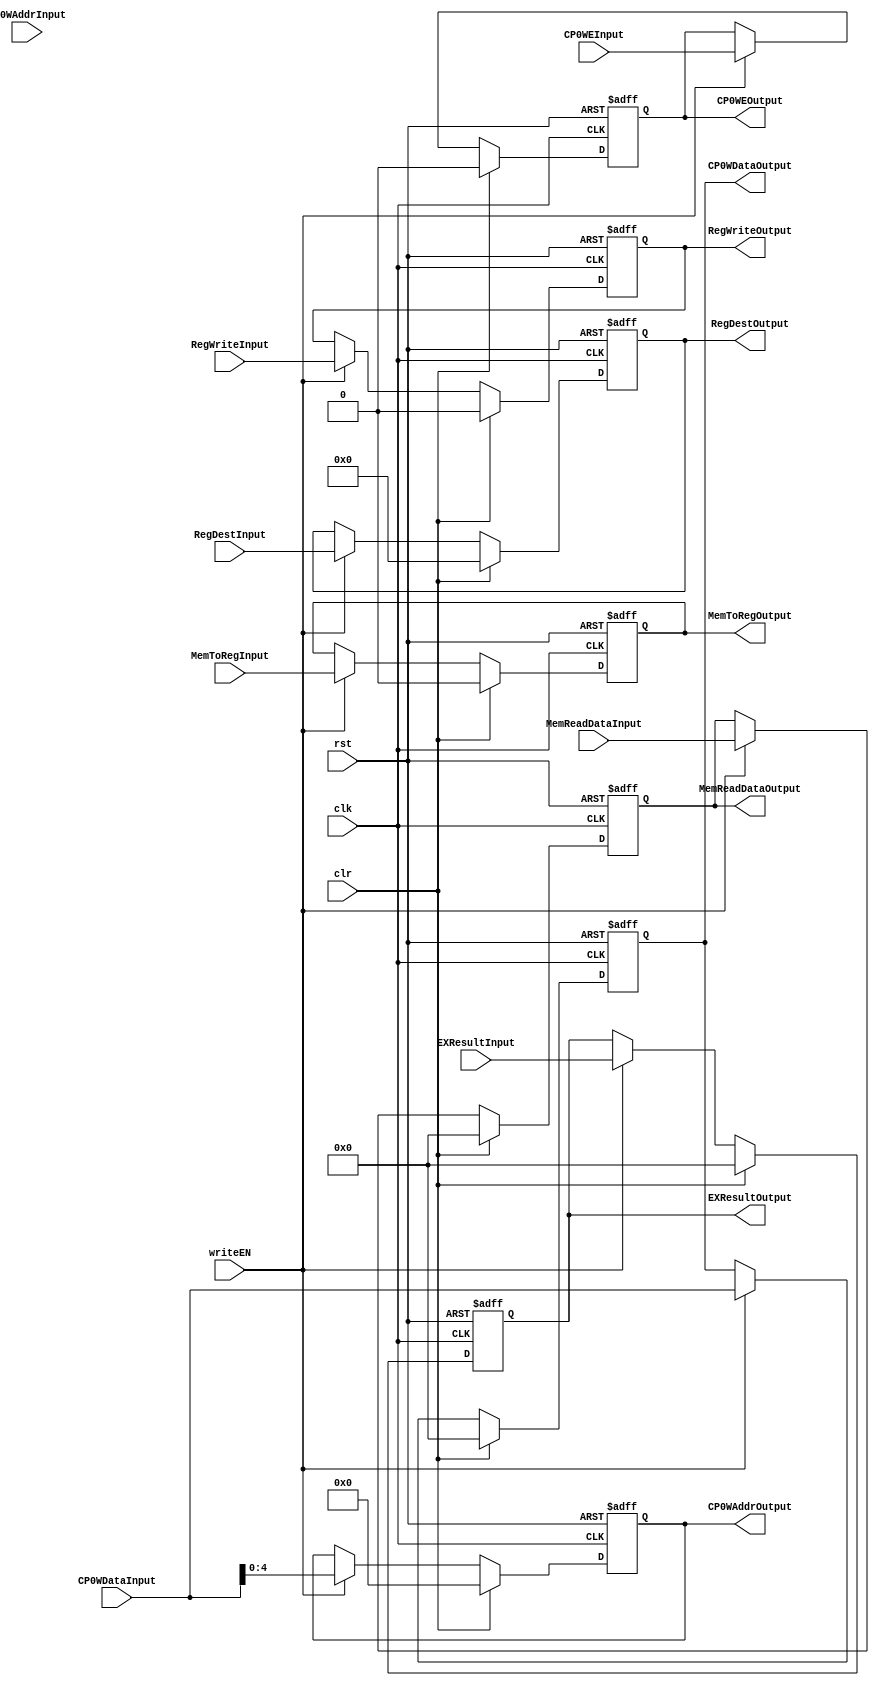
`timescale 1ns / 1ps
//////////////////////////////////////////////////////////////////////////////////
// Company: 
// Engineer: 
// 
// Design Name: 
// Module Name: RegMEMWB
// Project Name: 
// Target Devices: 
// Tool Versions: 
// Description: 
// 
// Dependencies: 
// 
// Revision:
// Revision 0.01 - File Created
// Additional Comments:
// 
//////////////////////////////////////////////////////////////////////////////////


module RegMEMWB(
    input wire clk,
    input wire rst,
    input wire clr,
    input wire writeEN,
    
    // CP0 write data
    input wire CP0WEInput,
    input wire[4:0] CP0WAddrInput,
    input wire[31:0] CP0WDataInput,
    output wire CP0WEOutput,
    output wire[4:0] CP0WAddrOutput,
    output wire[31:0] CP0WDataOutput,

    input wire[31:0] MemReadDataInput,
    input wire[31:0] EXResultInput,
    input wire[5:0] RegDestInput,
    
    input wire RegWriteInput,
    input wire MemToRegInput,
    
    output wire[31:0] MemReadDataOutput,    
    output wire[31:0] EXResultOutput,
    output wire[5:0] RegDestOutput,
    
    output wire RegWriteOutput,
    output wire MemToRegOutput
    );

reg[31:0] MemReadData;
reg[31:0] EXResult;
reg[5:0] RegDest;

reg RegWrite;
reg MemToReg;

// CP0 write data
reg CP0WE;
reg[4:0] CP0WAddr;
reg[31:0] CP0WData;

assign MemReadDataOutput=MemReadData;
assign EXResultOutput=EXResult;
assign RegDestOutput=RegDest;

assign RegWriteOutput=RegWrite;
assign MemToRegOutput=MemToReg;

// CP0: WRITE
assign CP0WEOutput = CP0WE;
assign CP0WAddrOutput = CP0WAddr;
assign CP0WDataOutput = CP0WData;

always@(posedge clk or posedge rst) begin
    if (rst) begin

        MemReadData<=0;
        EXResult<=0;
        RegDest<=0;
        
        RegWrite<=0;
        MemToReg<=0;

        // CP0: WRITE
        CP0WE <= 0;
        CP0WAddr <= 0;
        CP0WData <= 0;
    end else begin
        if (clr) begin

            MemReadData<=0;
            EXResult<=0;
            RegDest<=0;
            
            RegWrite<=0;
            MemToReg<=0;

            // CP0: WRITE
            CP0WE <= 0;
            CP0WAddr <= 0;
            CP0WData <= 0;
        end else if (writeEN) begin

            MemReadData<=MemReadDataInput;
            EXResult<=EXResultInput;
            RegDest<=RegDestInput;
            
            RegWrite<=RegWriteInput;
            MemToReg<=MemToRegInput;

            // CP0: WRITE
            CP0WE <= CP0WEInput;
            CP0WAddr <= CP0WDataInput;
            CP0WData <= CP0WDataInput;
        end
    end
end

endmodule